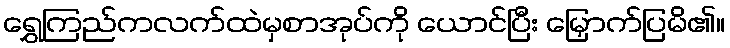
ရွှေကြည်ကလက်ထဲမှစာအုပ်ကို ယောင်ပြီး မြှောက်ပြမိ၏။